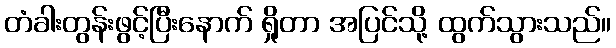
တံခါးတွန်းဖွင့်ပြီးနောက် ရှိုတာ အပြင်သို့ ထွက်သွားသည်။